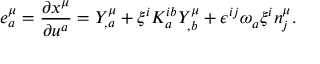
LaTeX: e _ { a } ^ { \mu } = \frac { \partial x ^ { \mu } } { \partial u ^ { a } } = Y _ { , a } ^ { \mu } + \xi ^ { i } K _ { a } ^ { i b } Y _ { , b } ^ { \mu } + \epsilon ^ { i j } \omega _ { a } \xi ^ { i } n _ { j } ^ { \mu } .